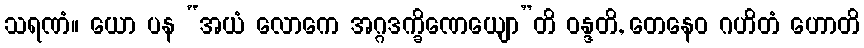
သရဏံ။ ယော ပန “အယံ လောကေ အဂ္ဂဒက္ခိဏေယျော”တိ ဝန္ဒတိ, တေနေဝ ဂဟိတံ ဟောတိ